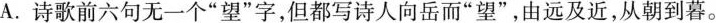
A.诗歌前六句无一个”望”字，但都写诗人向岳而”望”，由远及近，从朝到暮。